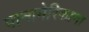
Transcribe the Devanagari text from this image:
पानामेरिकाना